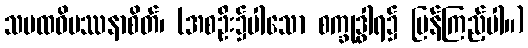
သမထဝိပဿနာစိတ်၊ (အစဦး၌ပါသော စက္ခုဒွါရ၌ ပြန်ကြည့်ပါ။)